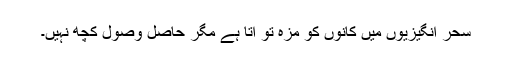
سحر انگیزیوں میں کانوں کو مزہ تو آتا ہے مگر حاصل وصول کچھ نہیں۔